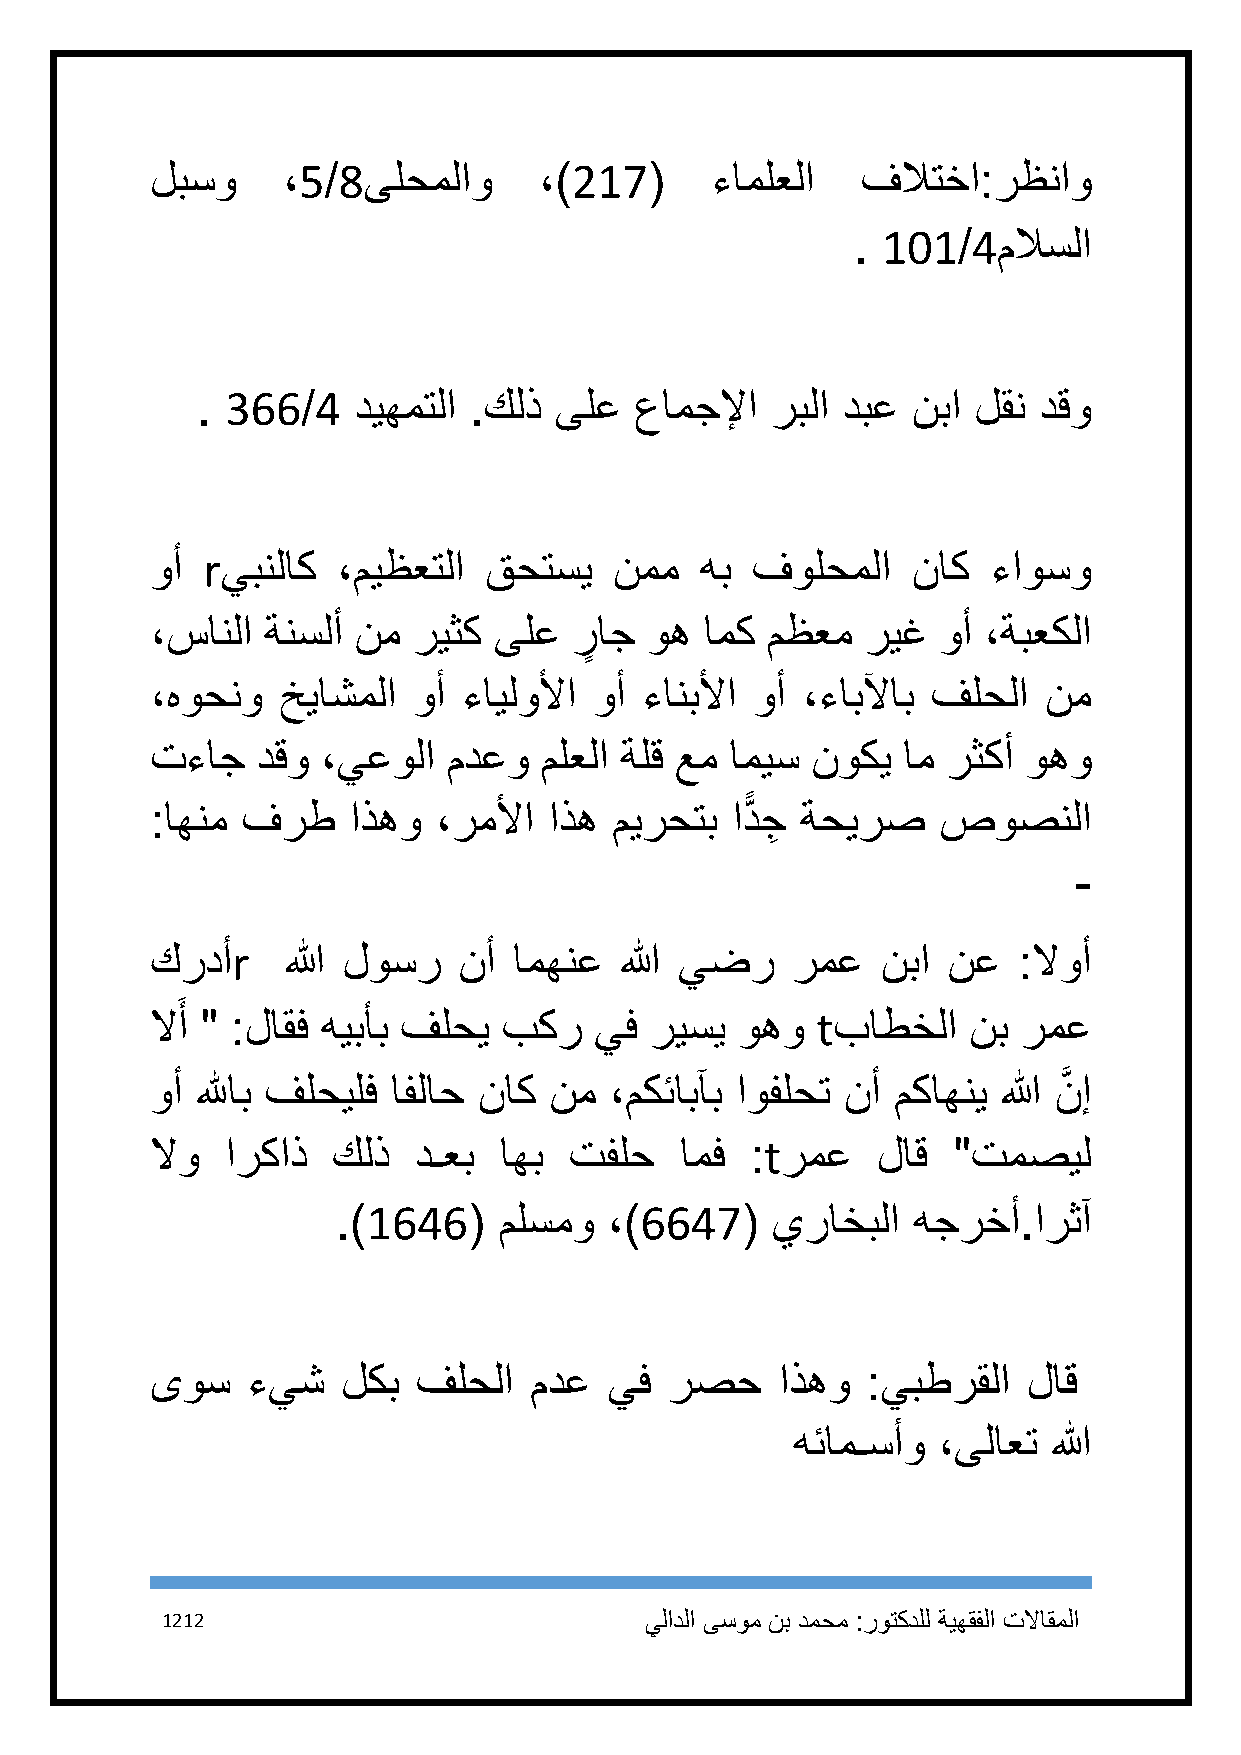
لبسو     ،5/8ىلحملاو      ،)217(     ءاملعلا   فلاتخا:رظناو
 . 111/4ملاسلا
 . 366/4   ديهمتلا .كلذ  ىلع  عامجلإا  ربلا دبع نبا لقن  دقو
 وأ rيبنلاك  ،ميظعتلا  قحتسي    نمم  هب  فولحملا   ناك   ءاوسو
 ،سانلا ةنسلأ نم  ريثك  ىلع  رٍ اج وه امك مظعم  ريغ  وأ ،ةبعكلا
 ،هوحنو  خياشملا  وأ  ءايلولأا وأ ءانبلأا وأ ،ءابلآاب فلحلا نم
 تءاج   دقو ،يعولا   مدعو  ملعلا ةلق عم اميس نوكي  ام رثكأ وهو
 :اهنم فرط    اذهو  ،رملأا اذه  ميرحتب ادًّ جِ ةحيرص صوصنلا
 -
 كردأr    الله لوسر  نأ  امهنع  الله يضر   رمع   نبا  نع  :لاوأ
 َ
 لاأ " :لاقف هيبأب فلحي بكر   يف  ريسي  وهو  tباطخلا   نب  رمع
 وأ للهاب فلحيلف افلاح ناك نم  ،مكئابآب اوفلحت نأ مكاهني الله نَّ إ
 لاو  اركاذ  كلذ  دـعب  اهب  تفلح   امف  :tرمع   لاق  "تمصيل
 .)1646(    ملسمو  ،)6647(    يراخبلا  هجرخأ.ارثآ
 ىوس   ءيش    لكب  فلحلا  مدع  يف  رصح     اذهو :يبطرقلا   لاق
 هئامـسأو ،ىلاعت  الله
 1212                            يلادلا ىسوم نب دمحم :روتكدلل ةيهقفلا تلااقملا